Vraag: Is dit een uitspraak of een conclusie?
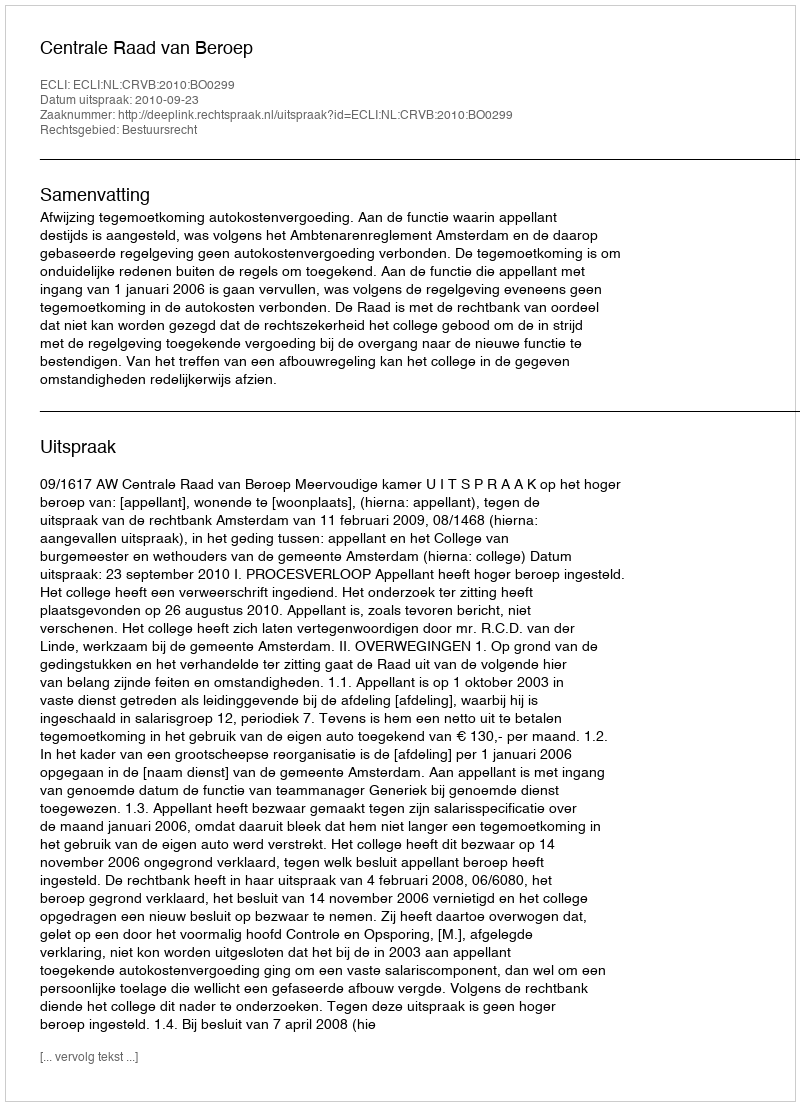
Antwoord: Uitspraak